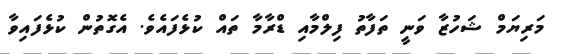
މަރިޔަމް ޝަހުޒާ ވަނީ ތަފާތު ފިލްމާއި ޑްރާމާ ތައް ކުޅެފައެވެ. އެގޮތުން ކުޅެފައިވާ